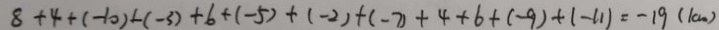
8 + 4 + ( - 1 0 ) + ( - 3 ) + 6 + ( - 5 ) + ( - 2 ) + ( - 7 ) + 4 + 6 + ( - 9 ) + ( - 1 1 ) = - 1 9 ( k m )